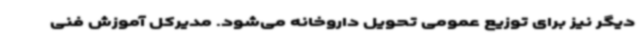
دیگر نیز برای توزیع عمومی تحویل داروخانه ‌می‌شود. مدیرکل آموزش فنی